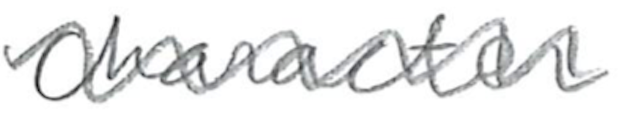
Text: character
Cross-out: wave
Writing tool: pencil